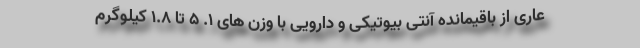
عاری از باقیمانده آنتی بیوتیکی و دارویی با وزن های ۱. ۵ تا ۱.۸ کیلوگرم